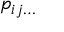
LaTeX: \ p _ { i j \ldots }